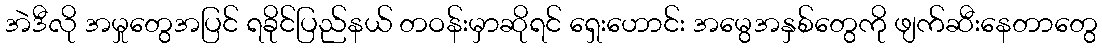
အဲဒီလို အမှုတွေအပြင် ရခိုင်ပြည်နယ် တဝန်းမှာဆိုရင် ရှေးဟောင်း အမွေအနှစ်တွေကို ဖျက်ဆီးနေတာတွေ